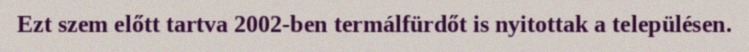
Ezt szem előtt tartva 2002-ben termálfürdőt is nyitottak a településen.